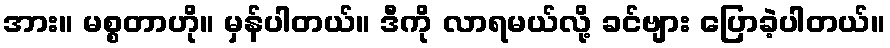
အား။ မစ္စတာဟို။ မှန်ပါတယ်။ ဒီကို လာရမယ်လို့ ခင်ဗျား ပြောခဲ့ပါတယ်။